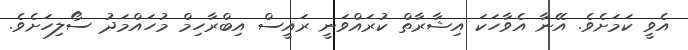
އެވީ ކަމަށެވެ. އޭނާ އެވާހަކަ އިޝާރާތް ކުރައްވަނީ ރައީސް އިބްރާހިމް މުހައްމަދު ސޯލިހަށެވެ.